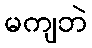
မကျဘဲ